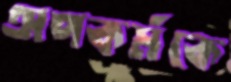
অপকর্মকে